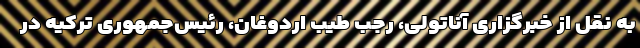
به نقل از خبرگزاری آناتولی، رجب طیب اردوغان، رئیس‌جمهوری ترکیه در